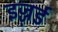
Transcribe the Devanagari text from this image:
इज्ज़र्ड